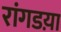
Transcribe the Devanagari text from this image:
रांगडय़ा